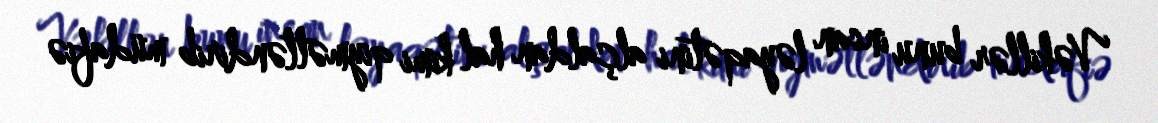
Vəkillər bunu insan ləyaqətini alçaldan hal kimi qiymətləndirib müdafiə